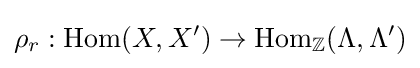
\rho _{r}:{\text{Hom}}(X,X')\to {\text{Hom}}_{\mathbb {Z} }(\Lambda ,\Lambda ')